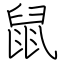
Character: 鼠